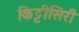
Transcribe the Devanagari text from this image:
किट्टीसिरी